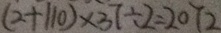
( 2 + 1 1 0 ) \times 3 7 \div 2 = 2 0 7 2